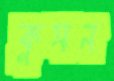
কুসন